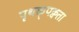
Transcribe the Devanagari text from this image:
पृथक्‌पक्वता